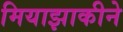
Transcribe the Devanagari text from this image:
मियाझाकीने